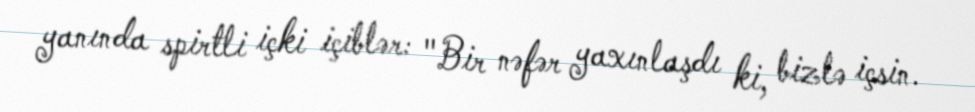
yanında spirtli içki içiblər: "Bir nəfər yaxınlaşdı ki, bizlə içsin.